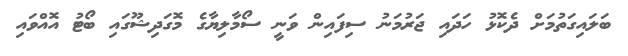
ބަލައިގަތުމަށް ދެކޮޅު ހަދައި ޖަރުމަނު ސިފައިން ވަނީ ސޯމާލިޔާގެ މޮގަދިޝޫގައި ބޯޓު އޮއްވައި